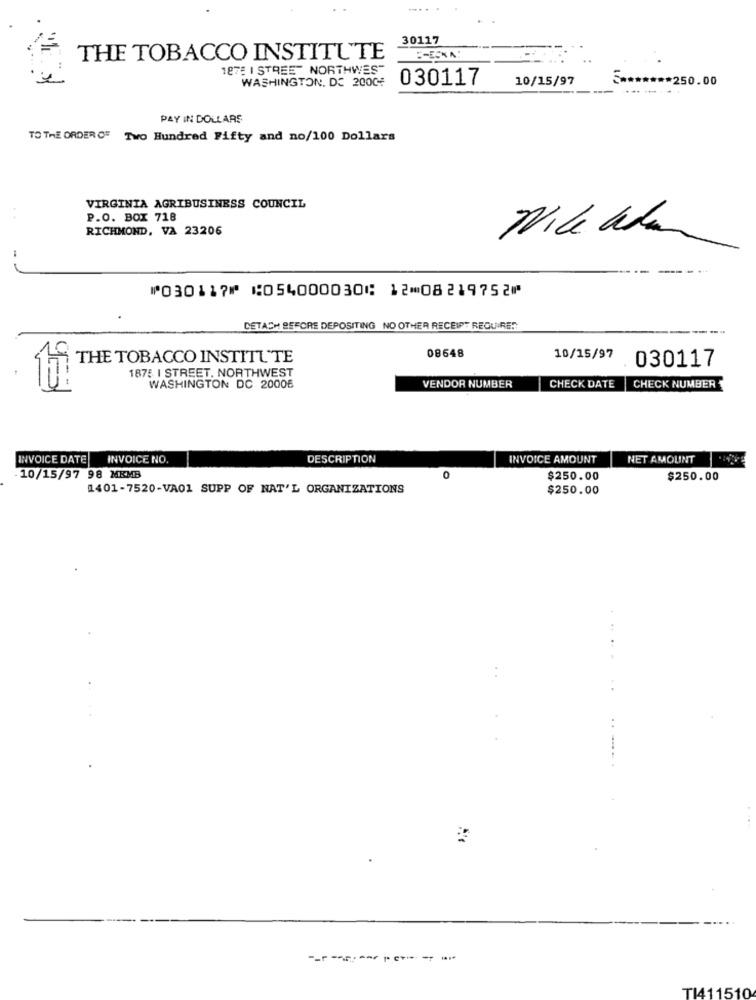
.....
30117
THE TOBACCO INSTITUTE
1875 I STREET NORTHWEST
WASHINGTON, DC 2000€
030117
10/15/97
***** 250.00
... .. .. .
PAY IN DOLLARS
TO THE ORDEROF Two Hundred Fifty and no/100 Dollars
VIRGINIA AGRIBUSINESS COUNCIL
..
P.O. BOX 718
RICHMOND, VA 23206
⑈030117⑈ ⑆054000030⑆ 12⑉08219752⑈
DETACH BEFORE DEPOSITING NO OTHER RECEIPT REQUIRES
08648
THE TOBACCO INSTITUTE
10/15/97
030117
1875 I STREET. NORTHWEST
VENDOR NUMBER
CHECK DATE
CHECK NUMBER
WASHINGTON DC 20006
INVOICE DATE
INVOICE NO.
DESCRIPTION
INVOICE AMOUNT
NET AMOUNT
10/15/97 98 MKMB
0
$250.00
$250.00
1401-7520-VA01 SUPP OF NAT'L ORGANIZATIONS
$250.00
TI411510